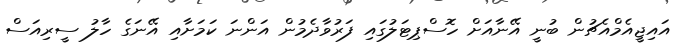
އައިޖީއެމްއެޗުން ބުނީ އޭނާއަށް ހޮސްޕިޓަލުގައި ފަރުވާދެމުން އަންނަ ކަމަށާއި އޭނަގެ ހާލު ސީރިއަސް